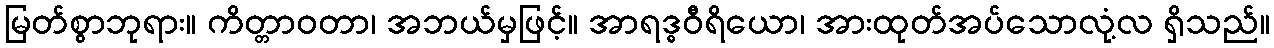
မြတ်စွာဘုရား။ ကိတ္တာဝတာ၊ အဘယ်မှဖြင့်။ အာရဒ္ဓဝီရိယော၊ အားထုတ်အပ်သောလုံ့လ ရှိသည်။